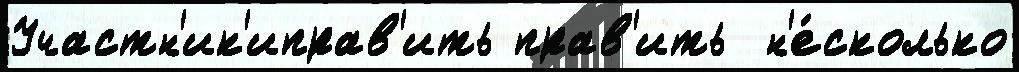
Участн'ик'иправ'ить прав'ить  н'е́сколько